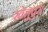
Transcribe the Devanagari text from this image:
खेतूपुरा